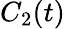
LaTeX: C_{2}(t)